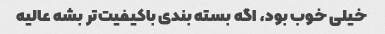
خیلی خوب بود، اگه بسته بندی باکیفیت‌تر بشه عالیه